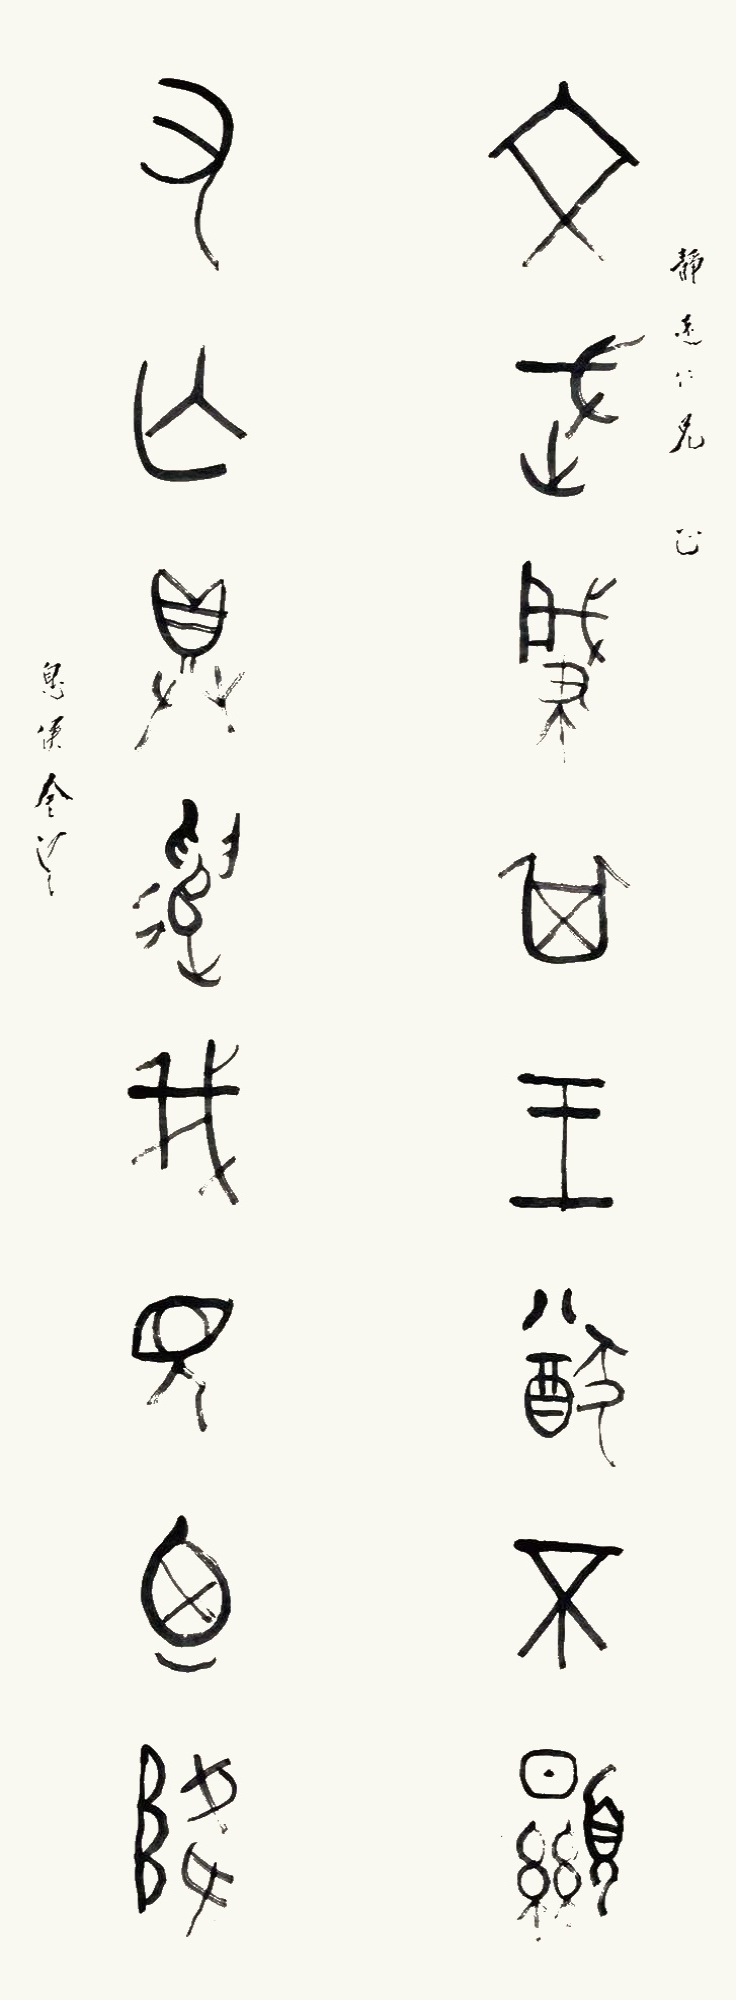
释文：文武肇其王猷不显，有无得遣我见乃降。静远仁兄正，息侯金梁。